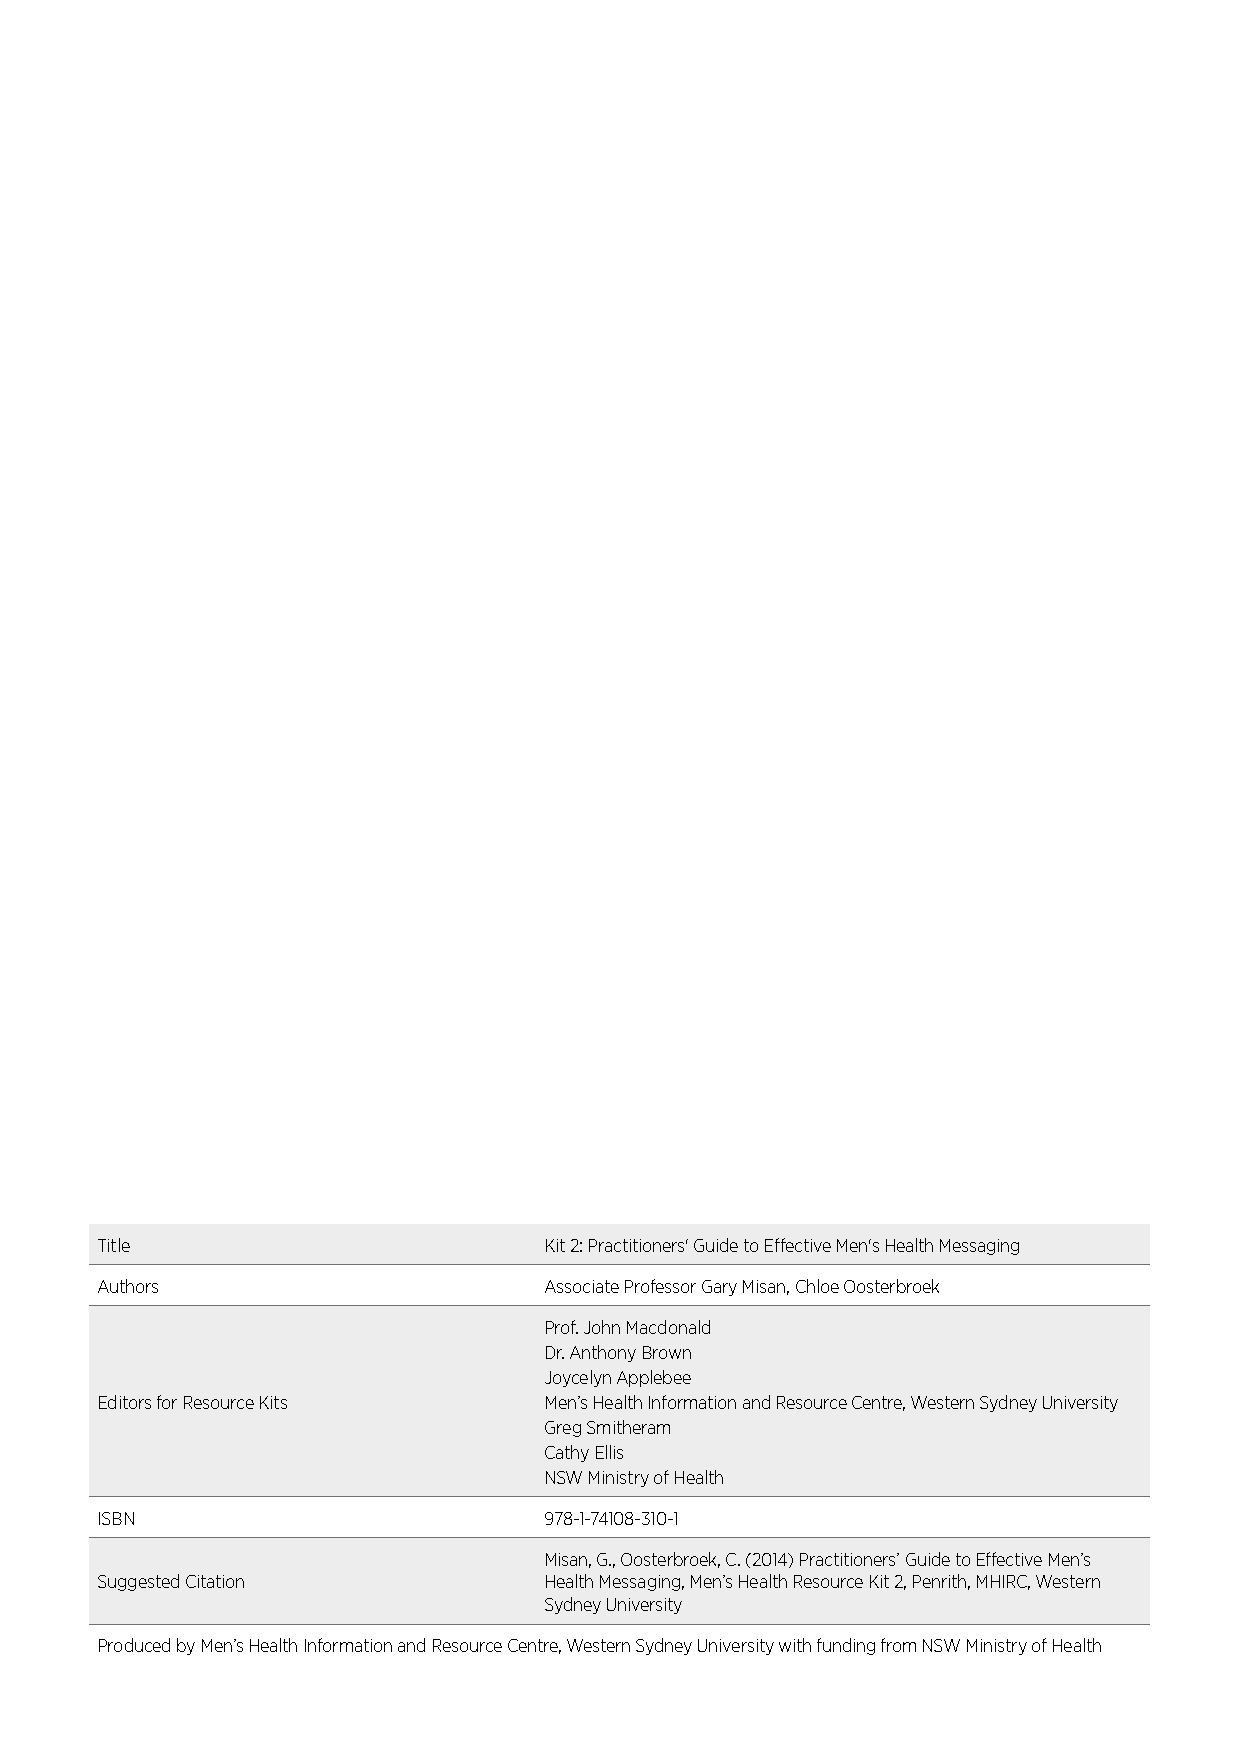
Title                         Kit 2: Practitioners' Guide to Effective Men's Health Messaging
 Authors                       Associate Professor Gary Misan, Chloe Oosterbroek
 Prof. John Macdonald
 Dr. Anthony Brown
 Joycelyn Applebee
 Editors for Resource Kits     Men’s Health Information and Resource Centre, Western Sydney University
 Greg Smitheram
 Cathy Ellis
 NSW Ministry of Health
 ISBN                          978-1-74108-310-1
 Misan, G., Oosterbroek, C. (2014) Practitioners’ Guide to Effective Men’s
 Suggested Citation            Health Messaging, Men’s Health Resource Kit 2, Penrith, MHIRC, Western
 Sydney University
 Produced by Men’s Health Information and Resource Centre, Western Sydney University with funding from NSW Ministry of Health